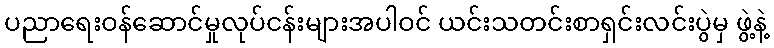
ပညာရေးဝန်ဆောင်မှုလုပ်ငန်းများအပါဝင် ယင်းသတင်းစာရှင်းလင်းပွဲမှ ဖွဲ့နဲ့